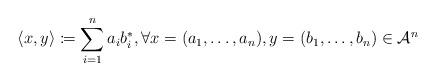
LaTeX: \begin{align*} \langle x, y\rangle\coloneqq \sum_{i=1}^{n}a_ib_i^*, \forall x=(a_1, \dots, a_n), y=(b_1, \dots, b_n) \in \mathcal{A}^n \end{align*}